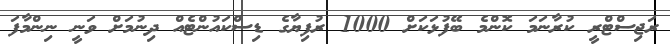
ރަޖިސްޓްރީ ކުރާނަމަ ކޮންމެ ބޭފުޅަކަށް 1000 ރުފިޔާގެ ޑިސްކައުންޓެއް ދިނުމަށް ވަނީ ނިންމާފަ